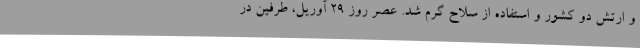
و ارتش دو کشور و استفاده از سلاح گرم شد. عصر روز ۲۹ آوریل، طرفین در